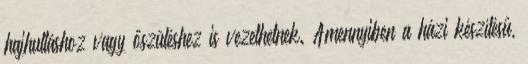
hajhulláshoz vagy őszüléshez is vezethetnek. Amennyiben a házi készítésű,